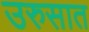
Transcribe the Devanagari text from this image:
उरुसात